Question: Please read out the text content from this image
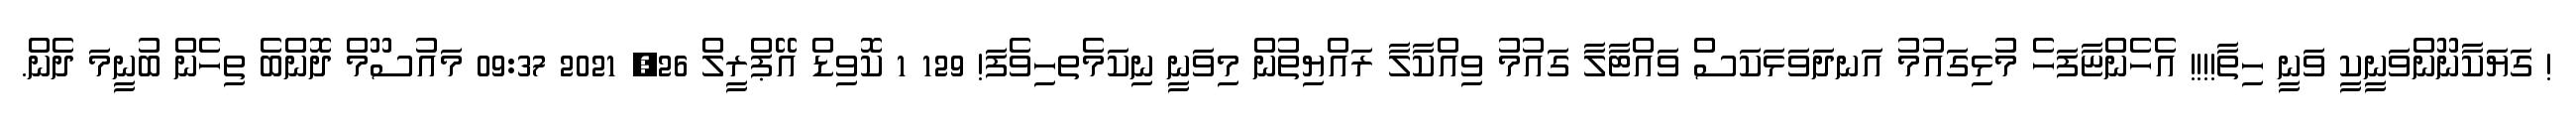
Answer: ! ގަޔަކާނޫންވަނީކީ ވަނީ ހިތާ!!!! އެހެންޏާފަހެ މުޅިގައުމު އަނދަވަޅަކަސް ވައްޓާލާ ގައުމު ވިއްކާލާ ރައްޔިތުން މިވަނީ ނިކަމެތހިވެފަ! 129 1 ކޮވިޑް އޭޕްރީލް 26, 2021 09:37 މައުސޫމް ދޮންބެ ތިހެން ބުނީމަ ދެން.